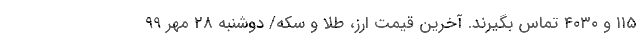
۱۱۵ و ۴۰۳۰ تماس بگیرند. آخرین قیمت ارز، طلا و سکه/ دوشنبه 28 مهر 99